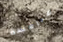
منافسة